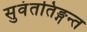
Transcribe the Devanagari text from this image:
सुवंततिङ्गन्त